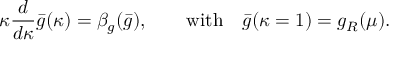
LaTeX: \kappa \frac { d } { d \kappa } \bar { g } ( \kappa ) = \beta _ { g } ( \bar { g } ) , \qquad \mathrm { w i t h } \quad \bar { g } ( \kappa = 1 ) = g _ { R } ( \mu ) .